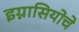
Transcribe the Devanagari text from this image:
इग्नासियोचे